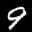
Label: 9